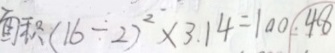
面 积 ( 1 6 \div 2 ) ^ { 2 } \times 3 . 1 4 = 1 0 0 . 4 8